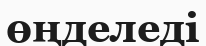
өңделеді